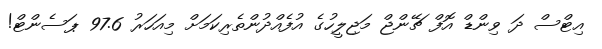
އިޓްސް ދަ ވިންޑް އޮފް ޗޭންޖް މަޖިލީހުގެ އުފެއްދުންތެރިކަމަށް މިއަހަރު 97.6 ޕަސެންޓް!